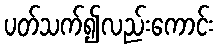
ပတ်သက်၍လည်းကောင်း